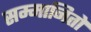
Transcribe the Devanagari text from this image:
सम्मानितों